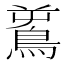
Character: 𪀝